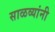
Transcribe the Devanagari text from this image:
साळव्यांनी